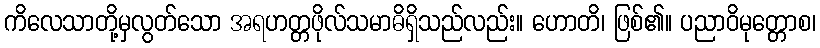
ကိလေသာတို့မှလွတ်သော အရဟတ္တဖိုလ်သမာဓိရှိသည်လည်း။ ဟောတိ၊ ဖြစ်၏။ ပညာဝိမုတ္တောစ၊